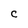
Character: C